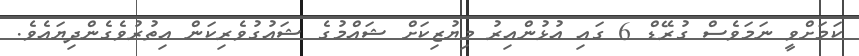
ކަމަށްވީ ނަމަވެސް ގުރޭޑް 6 ގައި އުޅުންއިރު މިޔުޒިކަށް ޝައްމުގެ ޝައުގުވެރިކަން އިތުރުވެގެންދިޔައެވެ.